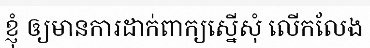
ខ្ញុំ ឲ្យមានការដាក់ពាក្យស្នើសុំ លើកលែង